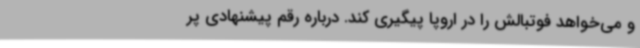
و می‌خواهد فوتبالش را در اروپا پیگیری کند. درباره رقم پیشنهادی پر